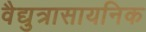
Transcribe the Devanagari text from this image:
वैद्युत्रासायनिक